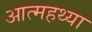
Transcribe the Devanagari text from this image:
आत्महथ्या